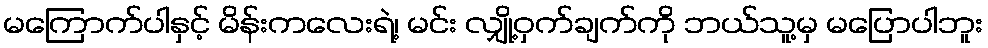
မကြောက်ပါနှင့် မိန်းကလေးရဲ့၊ မင်း လျှို့ဝှက်ချက်ကို ဘယ်သူ့မှ မပြောပါဘူး